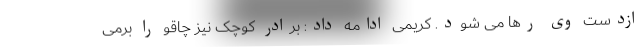
ازدست وی رها می شود. کریمی ادامه داد: برادر کوچک نیز چاقو را برمی